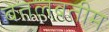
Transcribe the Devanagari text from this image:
बेतलबतीम